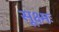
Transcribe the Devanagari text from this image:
सूक्ष्मः